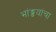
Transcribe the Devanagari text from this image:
भांड्डयांचा